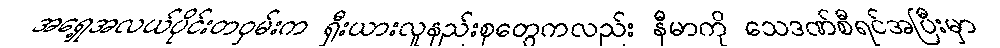
အရှေ့အလယ်ပိုင်းတဝှမ်းက ရှီးယားလူနည်းစုတွေကလည်း နီမာကို သေဒဏ်စီရင်အပြီးမှာ